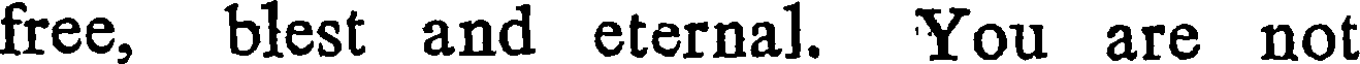
free, blest and eternal. You are not